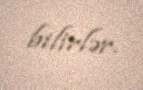
bilirlər.